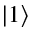
| 1 \rangle